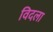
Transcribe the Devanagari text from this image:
विदला